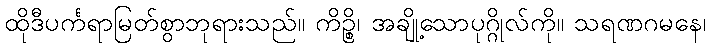
ထိုဒီပင်္ကရာမြတ်စွာဘုရားသည်။ ကိဉ္စိ၊ အချို့သောပုဂ္ဂိုလ်ကို။ သရဏဂမနေ၊